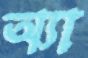
অ্যা